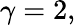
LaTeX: \gamma=2,